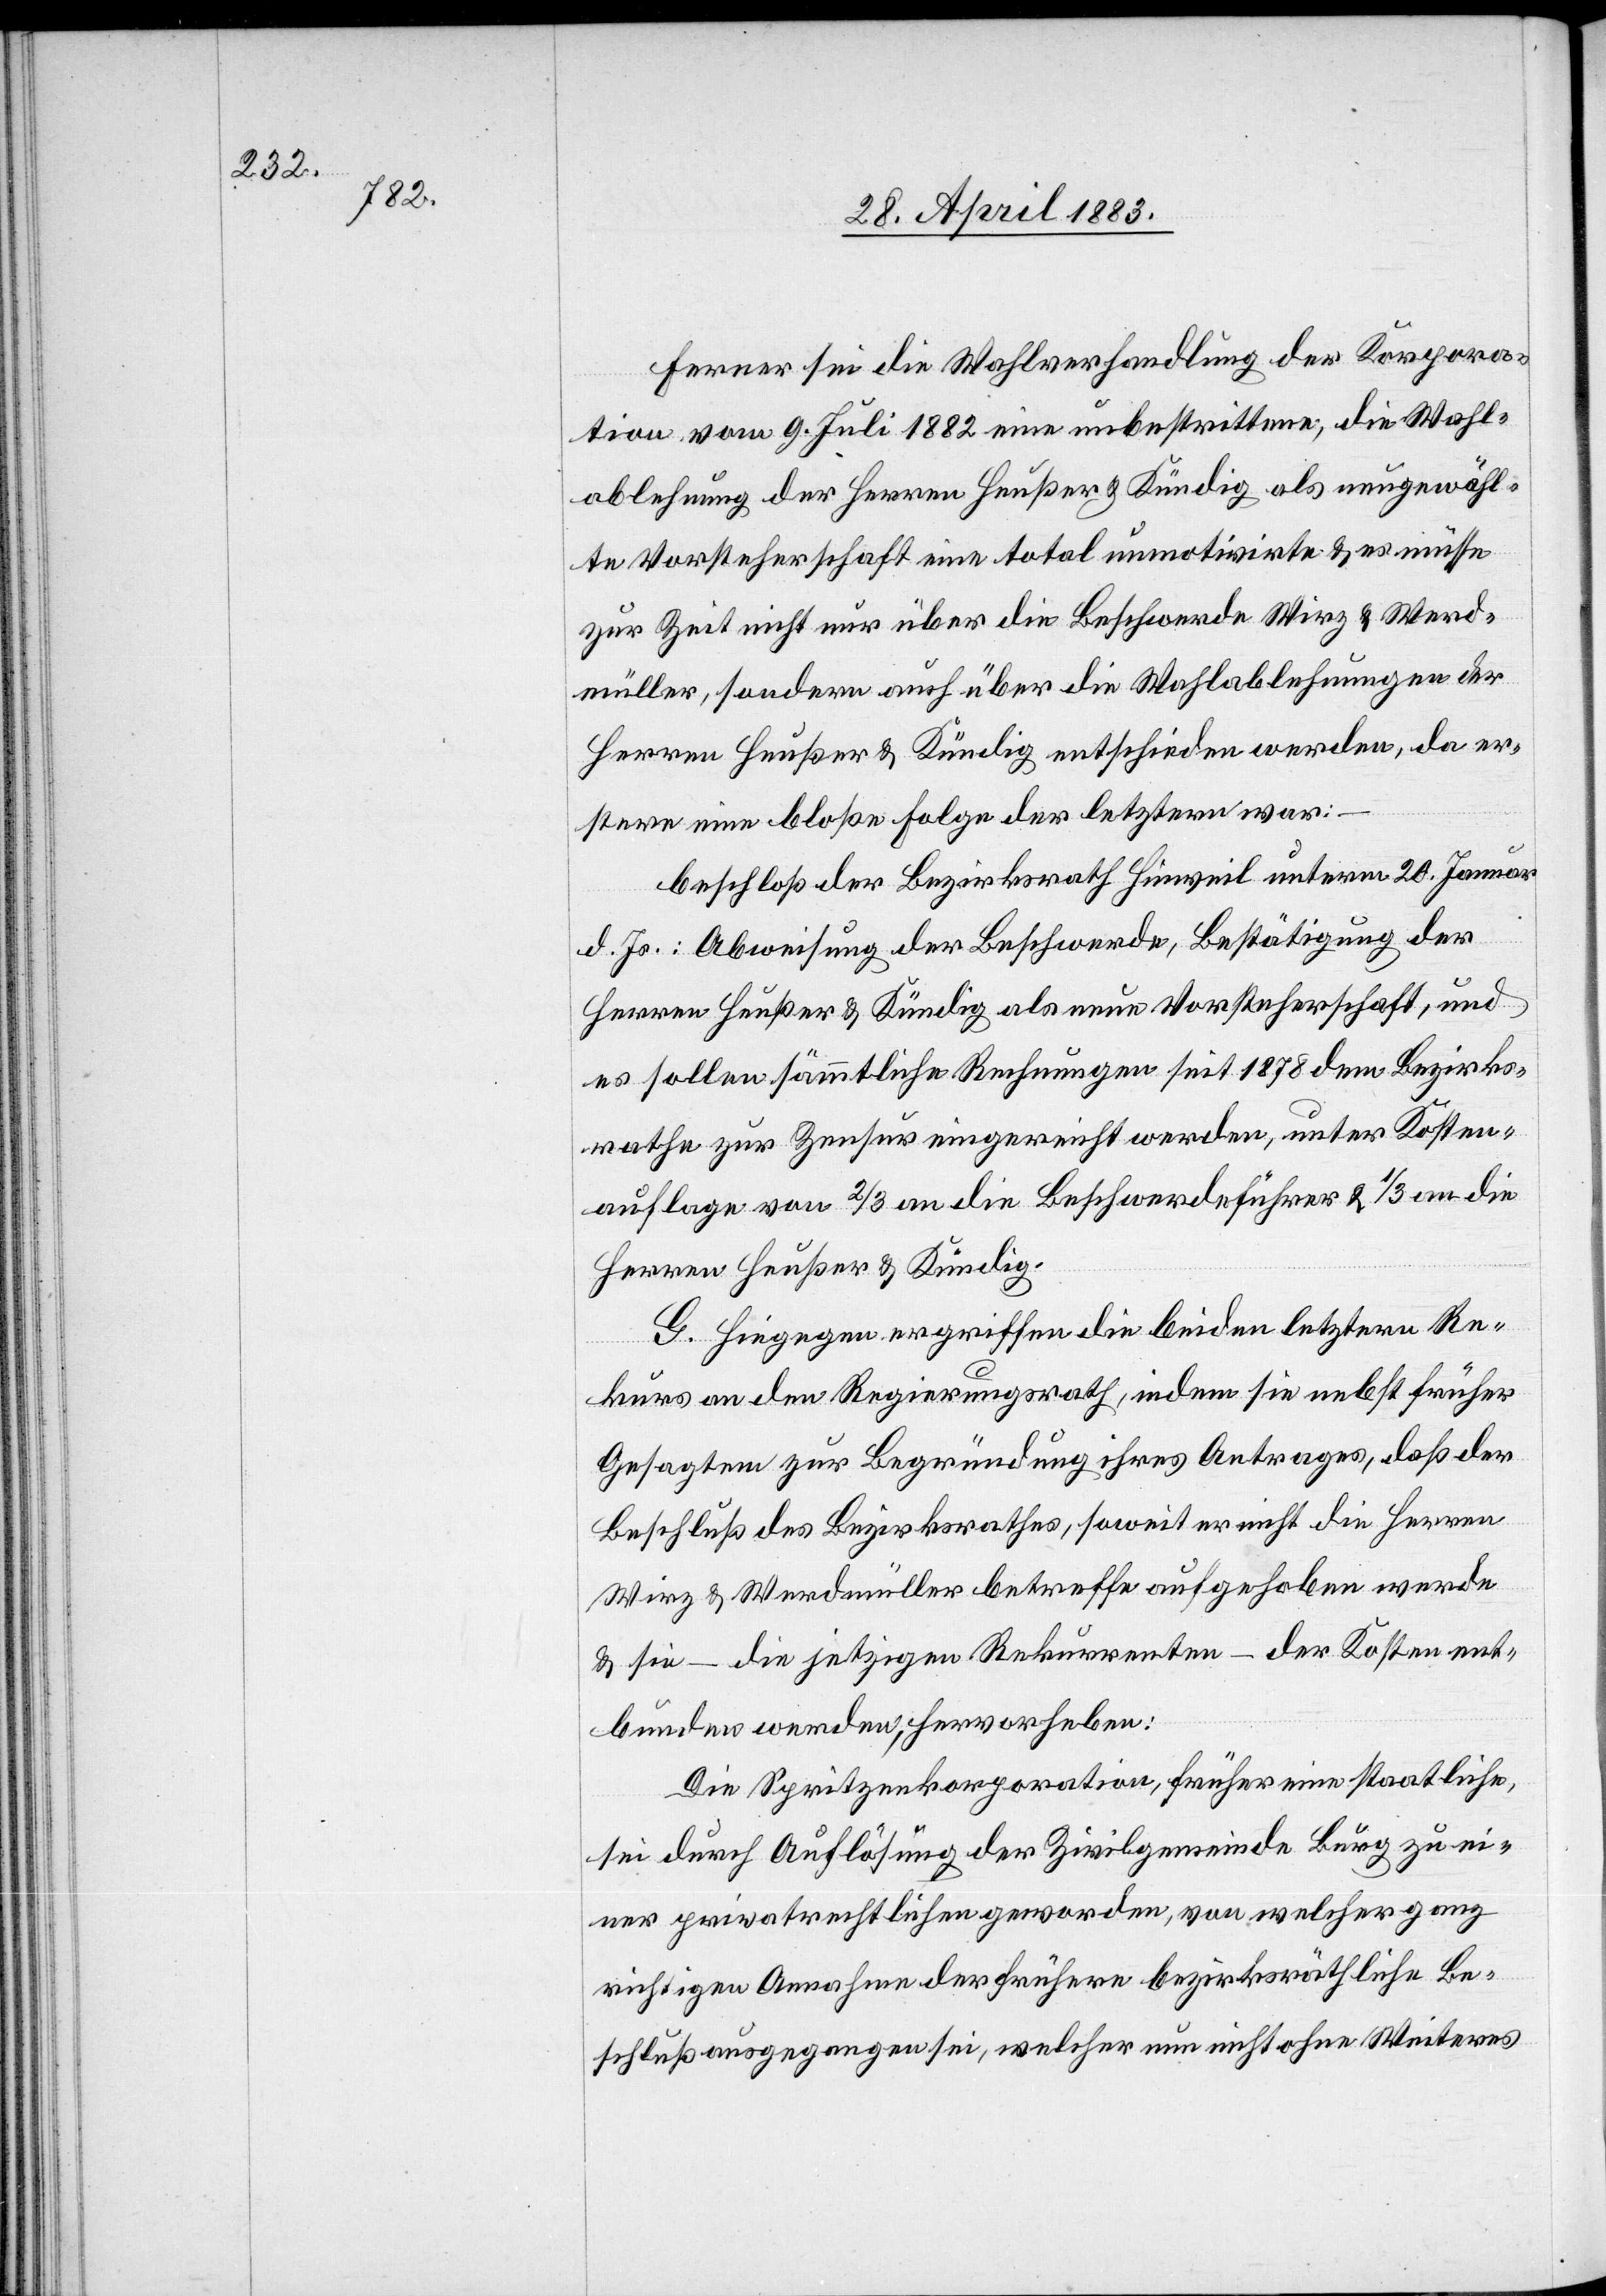
Ferner sei die Wahlverhandlung der Korpora¬
tion vom 9. Juli 1882 eine unbestrittene, die Wahl¬
ablehnung der Herren Heußer & Kündig als neugewähl¬
te Vorsteherschaft eine total unmotivirte & es müsse
zur Zeit nicht nur über die Beschwerde Wirz & Werd¬
müller, sondern auch über die Wahlablehnungen der
Herren Heußer & Kündig entschieden werden, da er¬
stere eine bloße Folge der letztern war:
beschloß der Bezirksrath Hinweil unterm 20. Januar
d. Js.: Abweisung der Beschwerde, Bestätigung der
Herren Heußer & Kündig als neue Vorsteherschaft, und
es sollen sämmtliche Rechnungen seit 1878 dem Bezirks¬
rathe zur Zensur eingereicht werden, unter Kosten¬
auflage von 2/3 an die Beschwerdeführer & 1/3 an die
Herren Heußer & Kündig.
G. Hiegegen ergriffen die beiden letztern Re¬
kurs an den Regierungsrath, indem sie nebst früher
Gesagtem zur Begründung ihres Antrages, daß der
Beschluß des Bezirksrathes, soweit er nicht die Herren
Wirz & Werdmüller betreffe aufgehoben werde
& sie – die jetzigen Rekurrenten – der Kosten ent¬
bunden werden, hervorheben:
Die Spritzenkorporation, früher eine staatliche,
sei durch Auflösung der Zivilgemeinde Burg zu ei¬
ner privatrechtlichen geworden, von welcher ganz
richtigen Annahme der frühere bezirksräthliche Be¬
schluß ausgegangen sei, welcher nun nicht ohne Weiteres